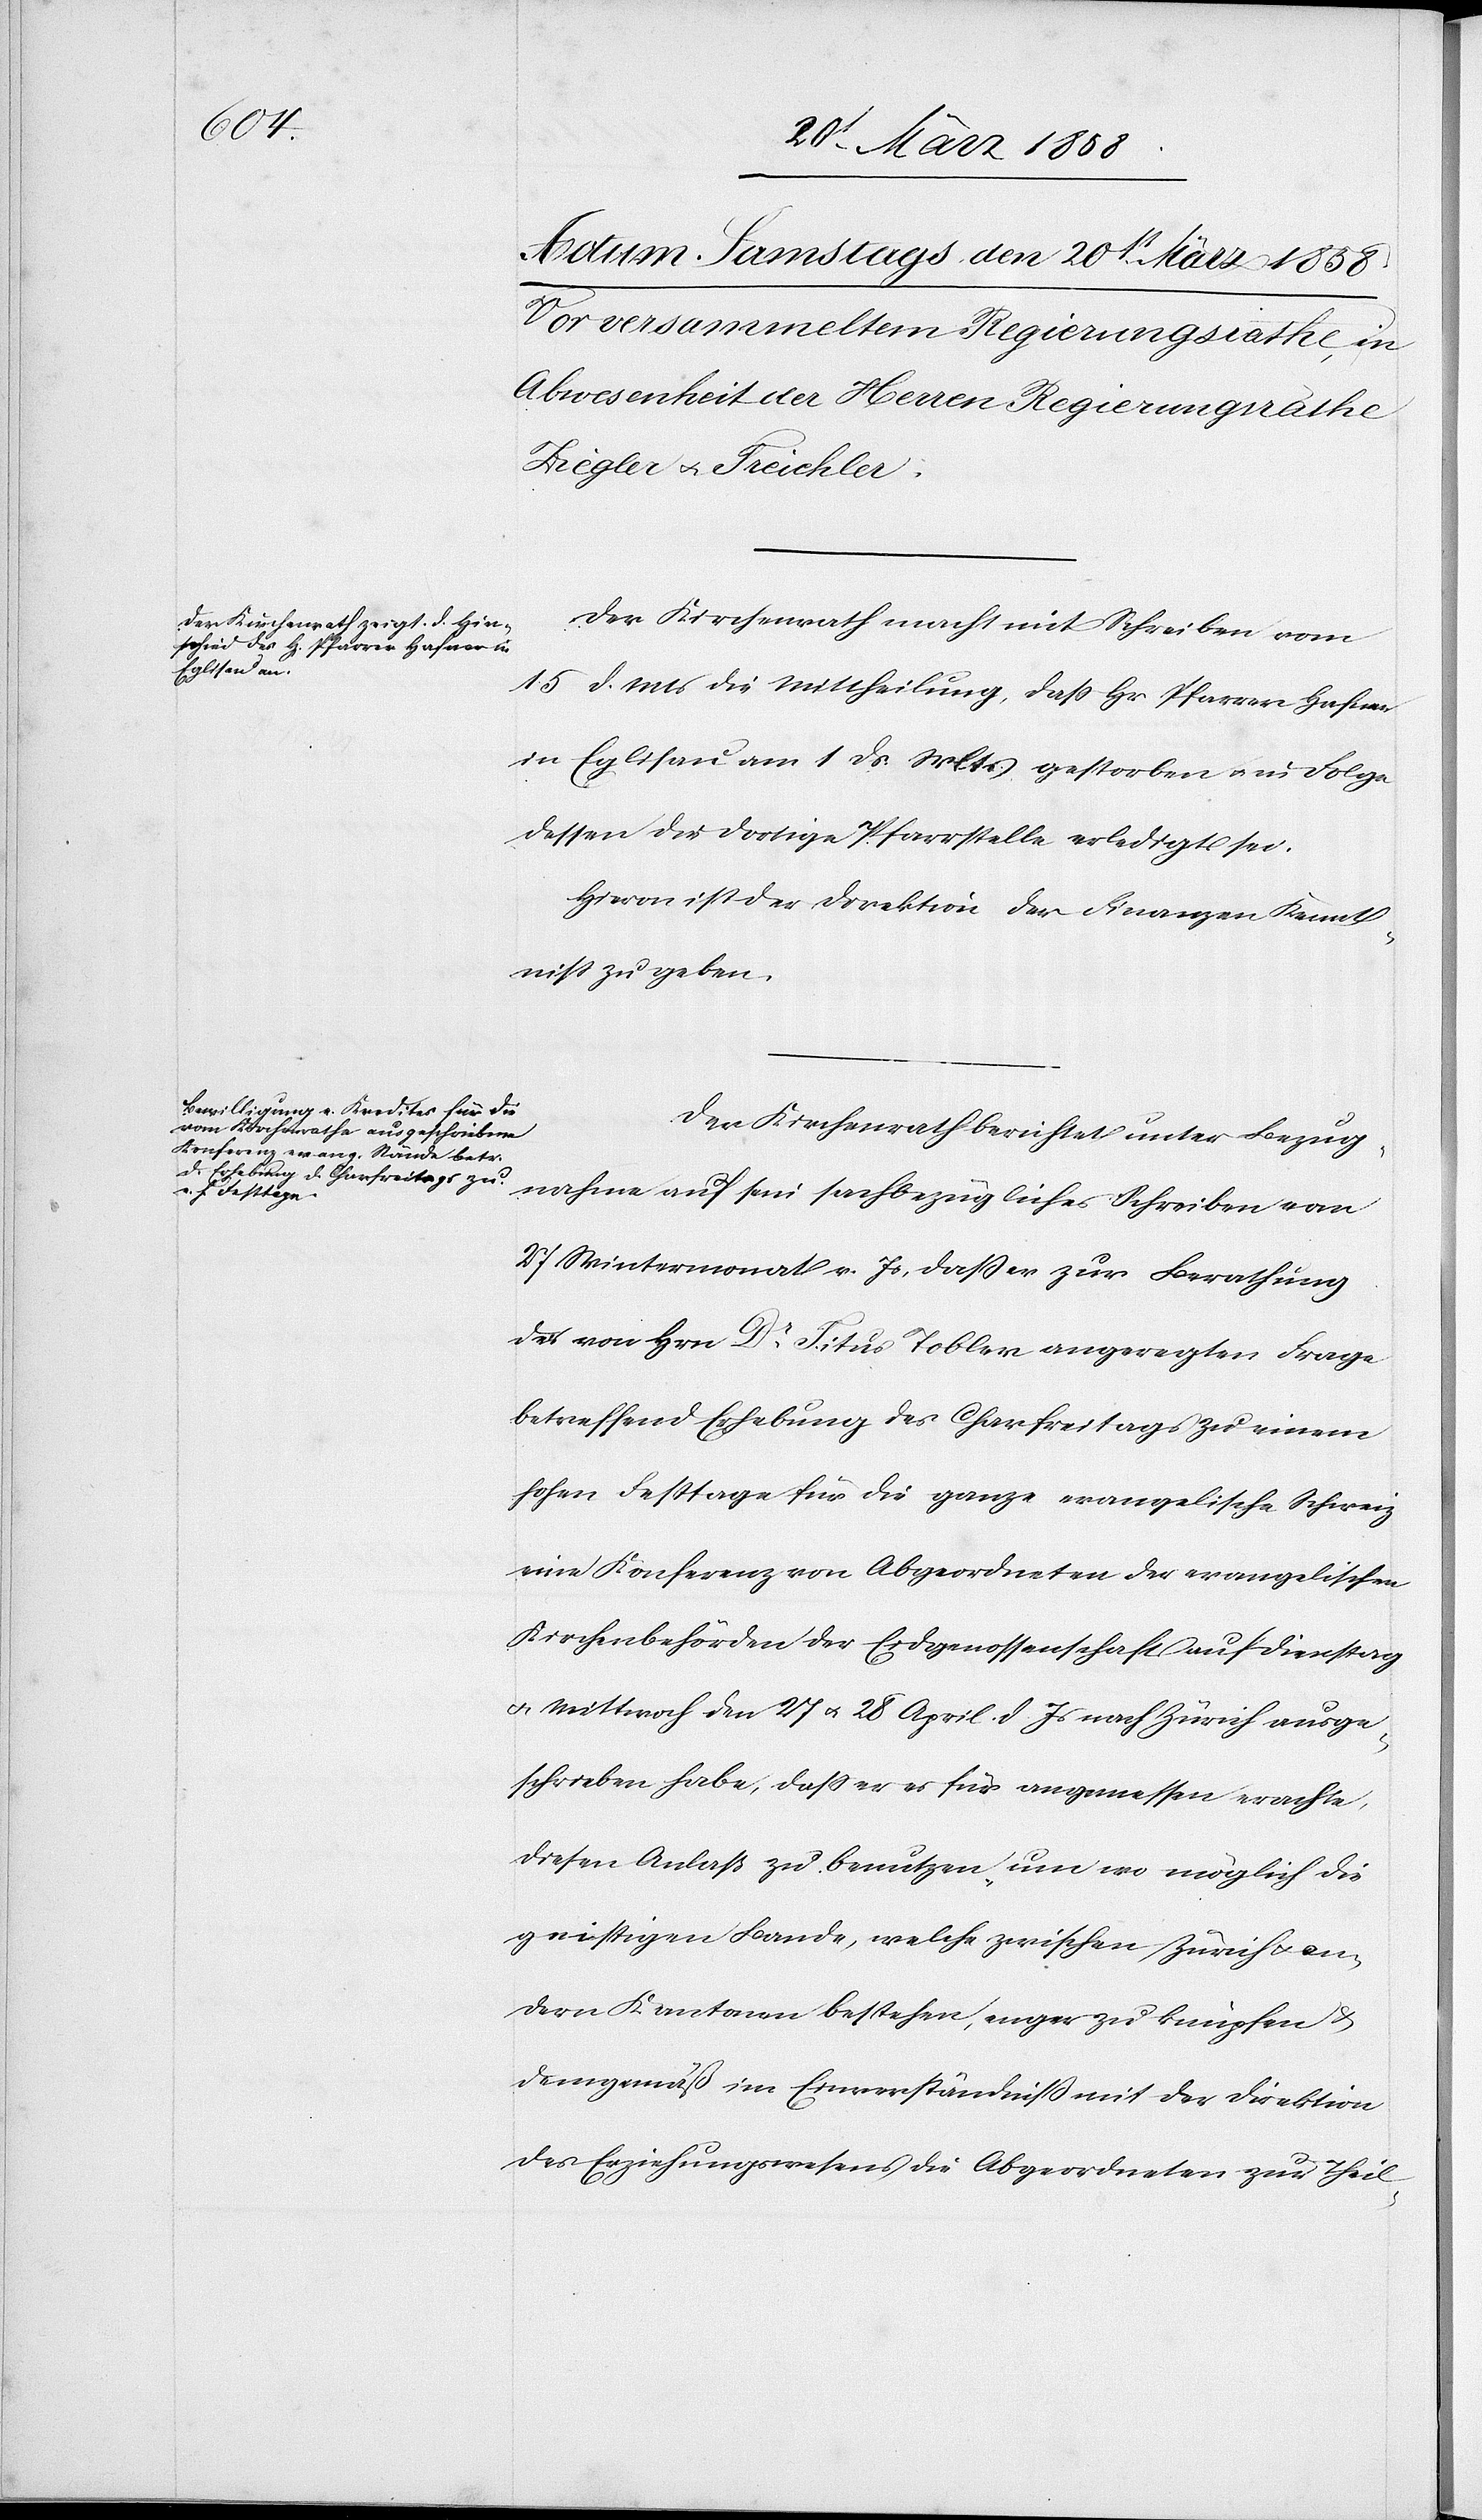
Der Kirchenrath macht mit Schreiben vom
15. d. Mts., die Mittheilung, daß Hr. Pfarrer Hafner
in Eglisau am 1. ds. Mts. gestorben u. in Folge
dessen die dortige Pfarrstelle erledigt sei.
Hievon ist der Direktion der Finanzen Kennt¬
niß zu geben.
Der Kirchenrath berichtet unter Bezug¬
nahme auf sein sachbezügliches Schreiben vom
27. Wintermonat v. Js., daß er zur Berathung
der von Hrn. Dr Titus Tobler angeregten Frage
betreffend Erhebung des Chorfreitags zu einem
hohen Festtage für die ganze evangelische Schweiz
eine Konferenz von Abgeordneten der evangelischen
Kirchenbehörden der Eidgenossenschaft auf Dienstag
u. Mittwoch den 27. u. 28. April d. Js. nach Zürich ausge¬
schrieben habe, daß er es für angemessen erachte,
diesen Anlaß zu benutzen, um wo es möglich die
geistigen Bande, welche zwischen Zürich u. an¬
dern Kantonen bestehen, enger zu knüpfen &
demgemäß im Einverständniß mit der Direktion
des Erziehungswesens die Abgeordneten zur Theil-